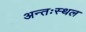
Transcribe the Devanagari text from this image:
अन्तःस्थल